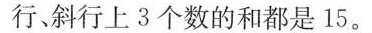
行、斜行上3个数的和都是15。